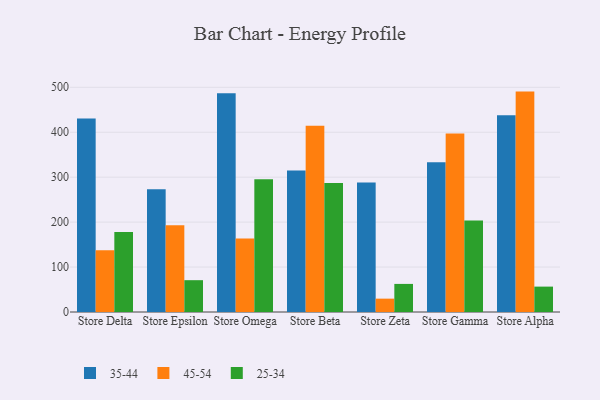
{"axis": {"x": "Store", "y": "Bounce Rate (%)"}, "legend": ["25-34", "35-44", "45-54"], "data": [{"x": "Store Delta", "y": 430.3, "type": "35-44"}, {"x": "Store Delta", "y": 137.6, "type": "45-54"}, {"x": "Store Delta", "y": 177.8, "type": "25-34"}, {"x": "Store Epsilon", "y": 273.3, "type": "35-44"}, {"x": "Store Epsilon", "y": 193.2, "type": "45-54"}, {"x": "Store Epsilon", "y": 70.8, "type": "25-34"}, {"x": "Store Omega", "y": 486.8, "type": "35-44"}, {"x": "Store Omega", "y": 163.4, "type": "45-54"}, {"x": "Store Omega", "y": 295.1, "type": "25-34"}, {"x": "Store Beta", "y": 315.1, "type": "35-44"}, {"x": "Store Beta", "y": 414.3, "type": "45-54"}, {"x": "Store Beta", "y": 287.1, "type": "25-34"}, {"x": "Store Zeta", "y": 287.9, "type": "35-44"}, {"x": "Store Zeta", "y": 29.7, "type": "45-54"}, {"x": "Store Zeta", "y": 62.5, "type": "25-34"}, {"x": "Store Gamma", "y": 333.0, "type": "35-44"}, {"x": "Store Gamma", "y": 397.0, "type": "45-54"}, {"x": "Store Gamma", "y": 203.5, "type": "25-34"}, {"x": "Store Alpha", "y": 437.7, "type": "35-44"}, {"x": "Store Alpha", "y": 490.4, "type": "45-54"}, {"x": "Store Alpha", "y": 56.5, "type": "25-34"}]}